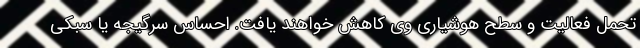
تحمل فعالیت و سطح هوشیاری وی کاهش خواهند یافت. احساس سرگیجه یا سبکی